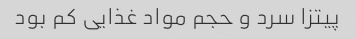
پیتزا سرد و حجم مواد غذایی کم بود